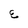
Character: E